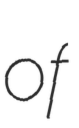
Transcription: of